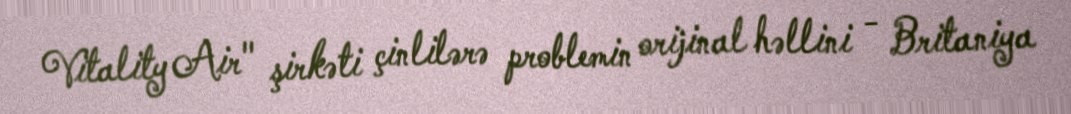
Vitality Air" şirkəti çinlilərə problemin orijinal həllini - Britaniya